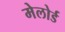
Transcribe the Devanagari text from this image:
मेलोर्ड